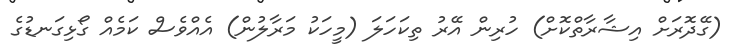
(ގޭދޮރަށް އިޝާރާތްކޮށް) ހުރިން އޭރު ތިކަހަލަ (މީހަކު މަރާލުން) އެއްވެސް ކަމެއް ގޯޅިގަނޑުގެ